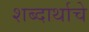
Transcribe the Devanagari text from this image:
शब्दार्थाचे